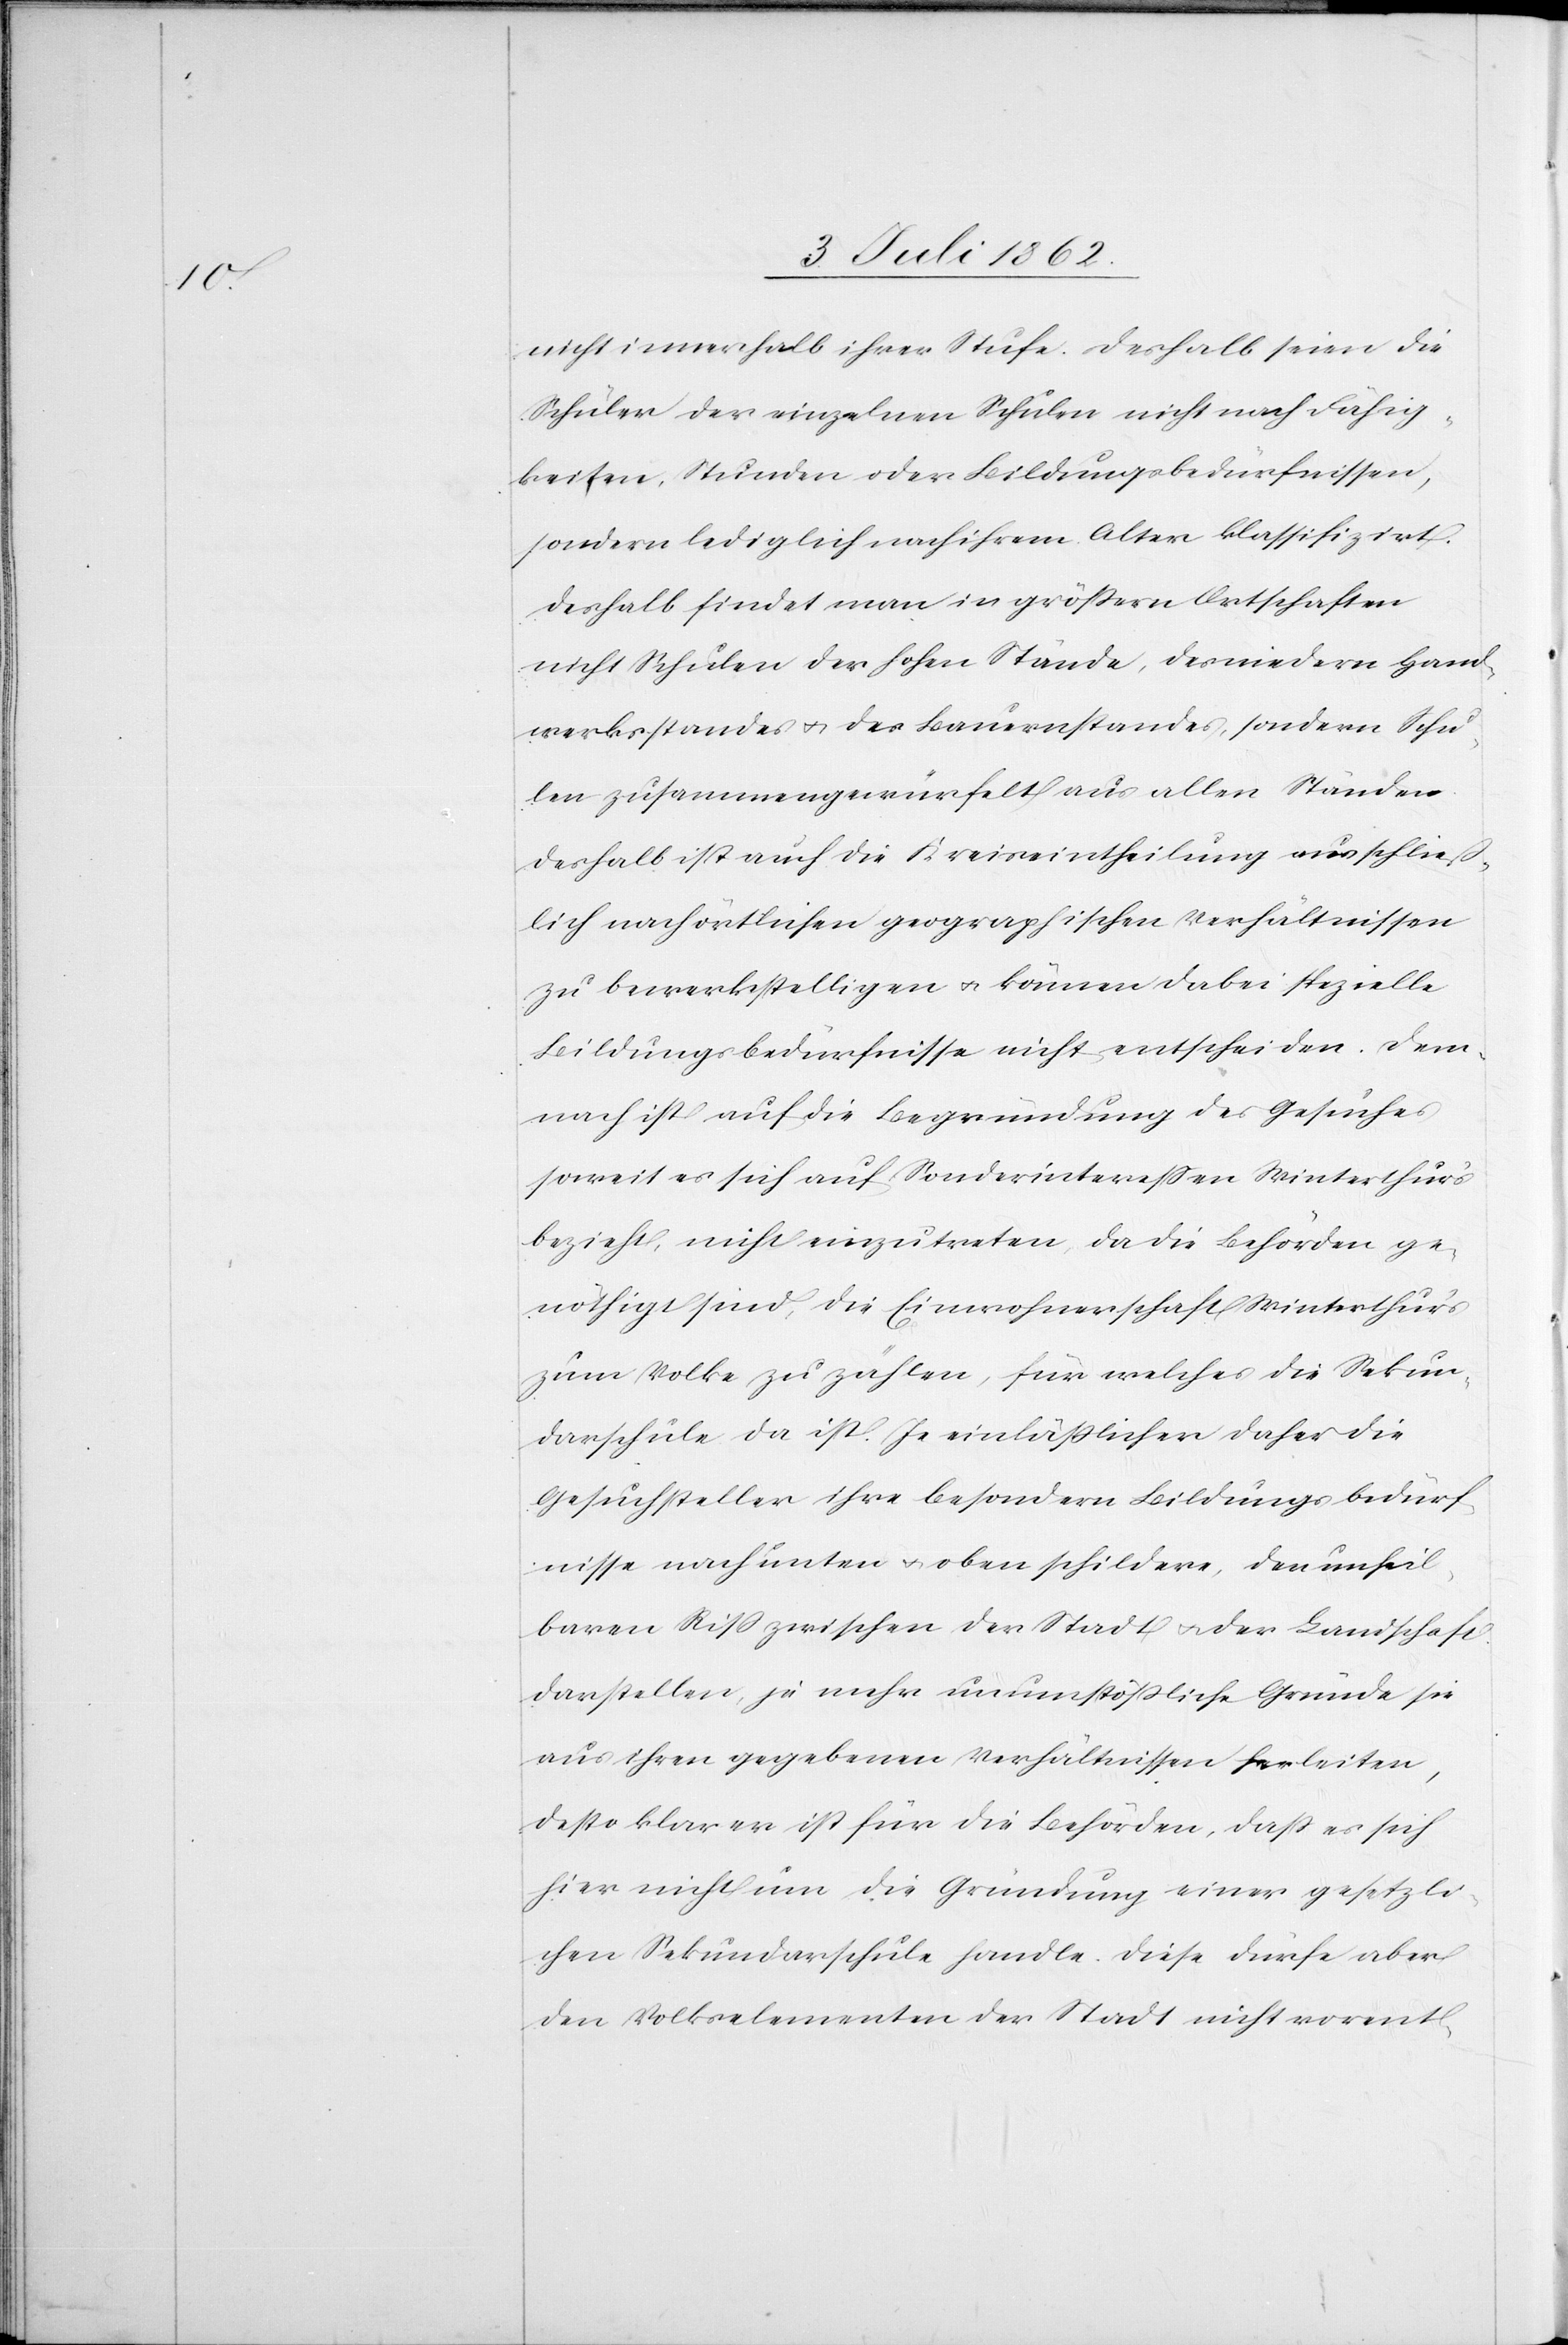
nicht innerhalb ihrer Stufe. Deshalb seien die
Schüler der einzelnen Schulen nicht nach Fähig¬
keiten, Stunden oder Bildungsbedürfnissen,
sondern lediglich nach ihrem Alter klassifizirt.
Deshalb findet man in größern Ortschaften
nicht Schulen der hohen Stände, des niedern Hand¬
werksstandes u. des Bauernstandes, sondern Schu¬
len zusammengewürfelt aus allen Ständen
deshalb ist auch die Kreiseintheilung ausschließ¬
lich nach örtlichen geographischen Verhältnissen
zu bewerkstelligen u. können dabei spezielle
Bildungsbedürfnisse nicht entscheiden. Dem¬
nach ist auf die Begründung des Gesuches
soweit es sich auf Sonderinteressen Winterthur’s
bezieht, nicht einzutreten, da die Behörden ge¬
nöthigt sind, die Einwohnerschaft Winterthur’s
zum Volke zu zählen, für welches die Sekun¬
darschule da ist. Je einläßlicher daher die
Gesuchsteller ihre besondern Bildungsbedürf¬
nisse nach unten u. oben schildere [sic!], den unheil¬
baren Riß zwischen der Stadt u. der Landschaft
darstellen, je mehr unumstößliche Gründe sie
aus ihren gegebenen Verhältnissen herleiten,
desto klarer ist für die Behörden, daß es sich
hier nicht um die Gründung einer gesetzli¬
chen Sekundarschule handle. Diese dürfe aber
den Volkselementen der Stadt nicht vorent-